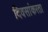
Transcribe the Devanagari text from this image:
दिवसांकरता